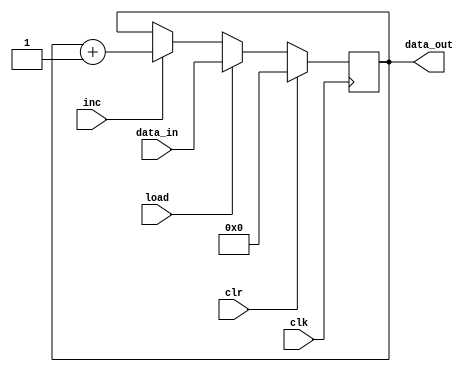

module PC
	( 
		input [5:0] data_in, input load, inc, clr, clk, 
		output reg [5:0] data_out 
	);

	always @(posedge clk )
		if( clr ) 
			data_out <= 6'b000_000;
		else if( load ) 
			data_out <= data_in;
		else if( inc ) 
			data_out <= data_out + 1;

endmodule